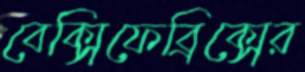
বেক্সিফেব্রিক্সের